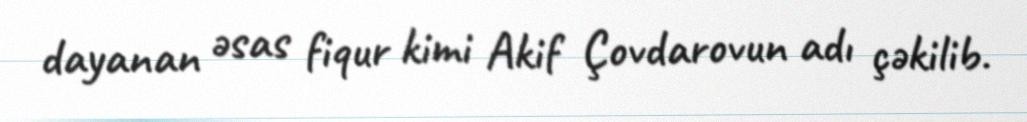
dayanan əsas fiqur kimi Akif Çovdarovun adı çəkilib.